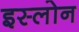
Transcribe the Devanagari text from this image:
इस्लोन